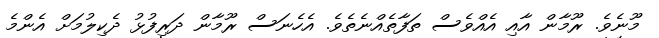
މޫނެވެ. ރޫމާން އާއި އެއްވެސް ތަފާތެއްނެތެވެ. އެހެނަސް ރޫމާން ދަރިފުޅު ދެކިލުމަށް އެންމެ